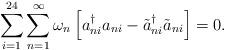
LaTeX: \begin{align*}\sum_{i=1}^{24}\sum_{n=1}^{\infty}\omega_n \left[a_{ni}^{\dagger}a_{ni} - \tilde{a}_{ni}^{\dagger}\tilde{a}_{ni}\right]=0\mbox{.}\end{align*}